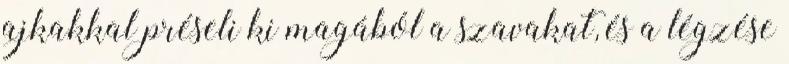
ajkakkal préseli ki magából a szavakat, és a légzése